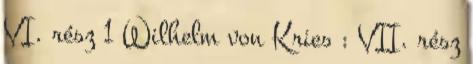
VI. rész 1 Wilhelm von Kries : VII. rész